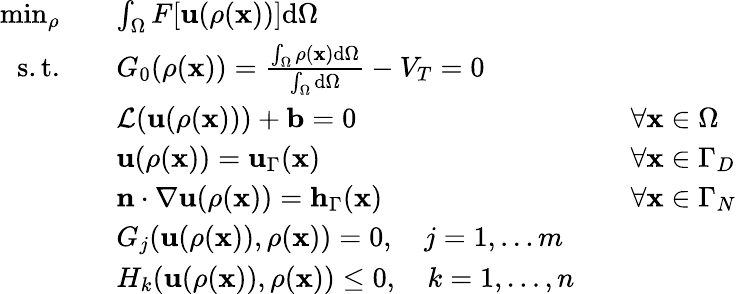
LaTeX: \begin{array}{rlrl}{\operatorname*{min}_{\rho}}&{\quad\int_{\Omega}F[\mathbf{u}(\rho(\mathbf{x}))]\mathrm{d}\Omega}\\ {\mathrm{s.t.}}&{\quad G_{0}(\rho(\mathbf{x}))=\frac{\int_{\Omega}\rho(\mathbf{x})\mathrm{d}\Omega}{\int_{\Omega}\mathrm{d}\Omega}-V_{T}=0}\\ &{\quad\mathcal{L}(\mathbf{u}(\rho(\mathbf{x})))+\mathbf{b}=0}&&{\forall\mathbf{x}\in\Omega}\\ &{\quad\mathbf{u}(\rho(\mathbf{x}))=\mathbf{u}_{\Gamma}(\mathbf{x})}&&{\forall\mathbf{x}\in\Gamma_{D}}\\ &{\quad\mathbf{n}\cdot\nabla\mathbf{u}(\rho(\mathbf{x}))=\mathbf{h}_{\Gamma}(\mathbf{x})}&&{\forall\mathbf{x}\in\Gamma_{N}}\\ &{\quad G_{j}(\mathbf{u}(\rho(\mathbf{x})),\rho(\mathbf{x}))=0,\quad j=1,\dots m}\\ &{\quad H_{k}(\mathbf{u}(\rho(\mathbf{x})),\rho(\mathbf{x}))\leq 0,\quad k=1,\dots,n}\end{array}